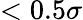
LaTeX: <0.5\sigma